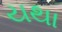
યથા